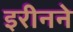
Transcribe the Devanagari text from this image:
इरीनने